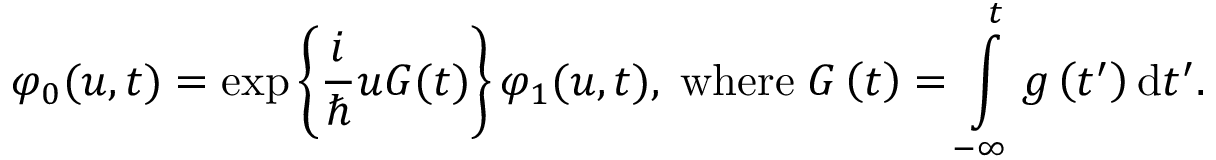
\varphi _ { 0 } ( u , t ) = \exp \left\{ \frac { i } { \hbar } u G ( t ) \right\} \varphi _ { 1 } ( u , t ) , \; \mathrm { w h e r e } \; G \left( t \right) = \intop _ { - \infty } ^ { t } g \left( t ^ { \prime } \right) \mathrm { d } t ^ { \prime } .